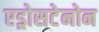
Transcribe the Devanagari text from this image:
एड्रोसटेनोन